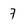
Character: 7